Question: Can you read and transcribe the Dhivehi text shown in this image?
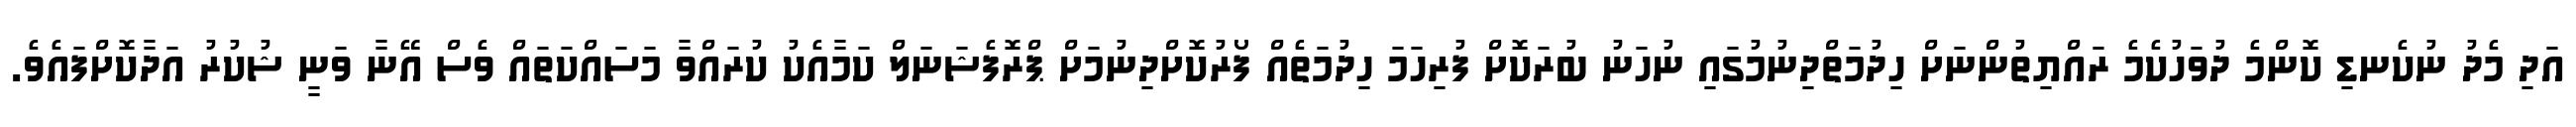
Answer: އަދި މެދު ނުކެނޑި ކޮންމެ ދުވަހުކެމެ ރައްޔިތުންނަށް ހިދުމަތްދިނުމުގައި ނުހަނު ބުރަކޮށް ފުރިހަމަ ހިދުމަތެއް ފޯރުކޮށްދިނުމަށް ޕްރޮފެޝަނަލް ކަމާއެކު ކުރައްވާ މަސައްކަތައް ވެސް އޭނާ ވަނީ ޝުކުރު އަދާކޮށްފައެވެ.